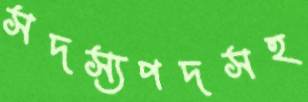
সদস্যপদসহ